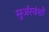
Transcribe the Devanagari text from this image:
मुर्जरवंशी